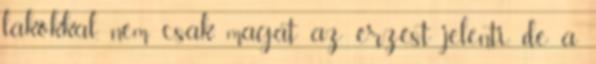
lakókkal, nem csak magát az érzést jelenti, de a